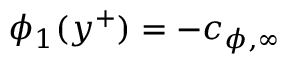
\phi _ { 1 } ( y ^ { + } ) = - c _ { \phi , \infty }